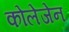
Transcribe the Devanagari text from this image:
कोलेजेन